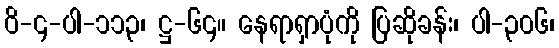
ဝိ-၄-ပါ-၁၁၃၊ ဋ္ဌ-၆၄။ နေရာရှာပုံကို ပြဆိုခန်း၊ ပါ-၃၀၆၊